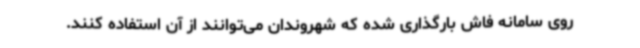
روی سامانه فاش بارگذاری شده که شهروندان می‌توانند از آن استفاده کنند.